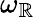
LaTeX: \omega_{\mathbb{R}}